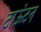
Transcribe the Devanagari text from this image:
टाऊंटन